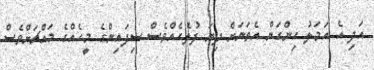
އަދި އެ އަމަލު ހިންގަން އެތަނަަށް ދިޔަ ފުލެހެއްވެސް ސިފައިންގެ މީހެއްގެ މައްޗަށްވެސް